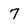
Character: 7